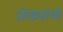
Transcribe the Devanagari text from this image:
जोड्यांशी